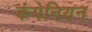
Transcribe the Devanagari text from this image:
कंपेनियन